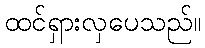
ထင်ရှားလှပေသည်။